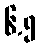
၆.၅